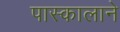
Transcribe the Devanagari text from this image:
पास्कालाने